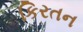
કિરતન